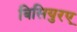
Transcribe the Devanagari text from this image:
बिसियुरए